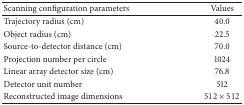
<table><thead><tr><td><b>Scanning configuration parameters</b></td><td><b>Values</b></td></tr></thead><tbody><tr><td>Trajectory radius (cm)</td><td>40.0</td></tr><tr><td>Object radius (cm)</td><td>22.5</td></tr><tr><td>Source-to-detector distance (cm)</td><td>70.0</td></tr><tr><td>Projection number per circle</td><td>1024</td></tr><tr><td>Linear array detector size (cm)</td><td>76.8</td></tr><tr><td>Detector unit number</td><td>512</td></tr><tr><td>Reconstructed image dimensions</td><td>512 × 512</td></tr></tbody></table>